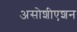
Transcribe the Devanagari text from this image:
असोशीएशन